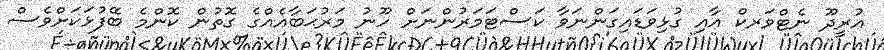
އުރީދޫ ނެޓްވަރކް އާއި ގުޅިވަޑައިގަންނަވާ ކަސްޓަމަރުންނަށް ހޫނު މަރުޙަބާއެއްގެ ގޮތުން ކޮންމެ ބޭފުޅަކަށްވެސް